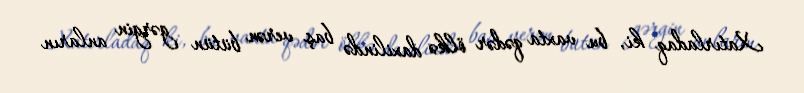
Xatırladaq ki, bu vaxta qədər ölkə daxilində baş verən bütün gərgin anların